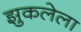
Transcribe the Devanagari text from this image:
झुकलेला